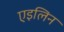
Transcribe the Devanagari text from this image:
एइलिन